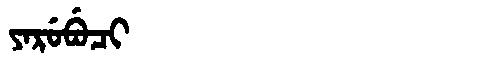
Manchu: ᠶᠠᡵᡠᠪᡠᠴᡳ
Romanization: YARUBUCI